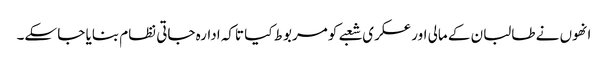
انھوں نے طالبان کے مالی اور عسکری شعبے کو مربوط کیا تاکہ ادارہ جاتی نظام بنایا جا سکے۔